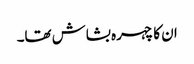
ان کا چہرہ بشاش تھا۔